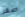
صقر